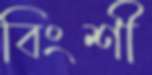
বিংশী